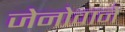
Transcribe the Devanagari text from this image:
जेनोवाने